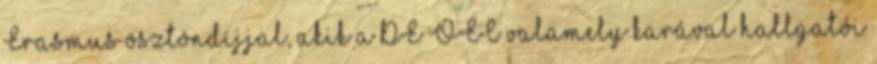
Erasmus ösztöndíjjal, akik a DE OEC valamely karával hallgatói